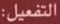
التفعيل: